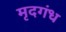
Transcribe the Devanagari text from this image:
मृदगंध